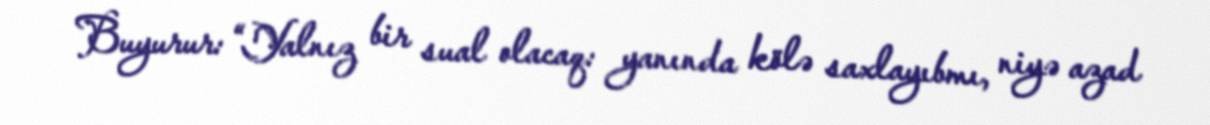
Buyurur: “Yalnız bir sual olacaq: yanında kölə saxlayıbmı, niyə azad